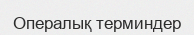
Опералық терминдер